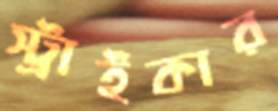
স্ট্রাইকার